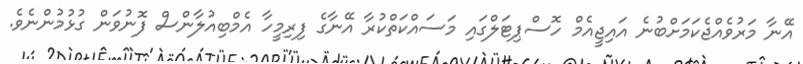
އޭނާ މަރުވެއްޖެކަމަށްބުނެ އައިޖީއެމް ހޮސްޕިޓަލްގައި މަސައްކަތްކުރާ އޭނާގެ ފިރިމީހާ އެމްބިއުލާންސް ފޮނުވަން ގުޅުމުންނެވެ.